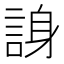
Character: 𬢭